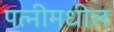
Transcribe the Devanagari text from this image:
पत्नीमधील